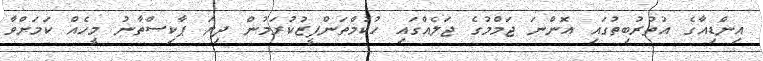
އިންޑިއާގެ އުތުރުބިތުގައި އޮންނަ ޖަމްމުގެ ޖަލެއްގައި ހުކުމްތަންފީޒުކުރަމުން ދިޔަ ޕާކިސްތާނު މީހެއް ކަމަށްވާ